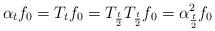
LaTeX: \begin{align*}\alpha_t f_0 = T_t f_0 = T_{\frac{t}{2}} T_{\frac{t}{2}} f_0 = \alpha_{\frac{t}{2}}^2 f_0\end{align*}